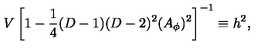
V \left[ 1 - { \frac { 1 } { 4 } } ( D - 1 ) ( D - 2 ) ^ { 2 } ( A _ { \phi } ) ^ { 2 } \right] ^ { - 1 } \equiv h ^ { 2 } ,